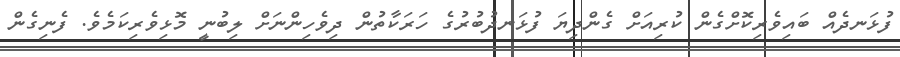
ފުޅަނދެއް ބައިވެރިކޮށްގެން ކުރިއަށް ގެންދިޔަ ފުޅަނދުބުރުގެ ހަރަކާތުން ދިވެހިންނަށް ލިބުނީ މޮޅިވެރިކަމެވެ. ފެނިގެން